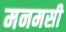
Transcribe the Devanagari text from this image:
मनमसी